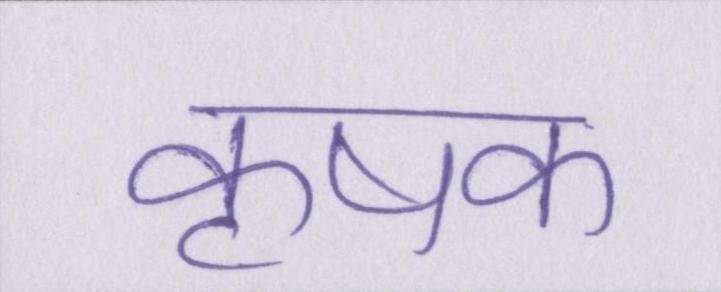
कृषक